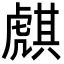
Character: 𧇫